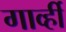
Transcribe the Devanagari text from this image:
गार्व्ही